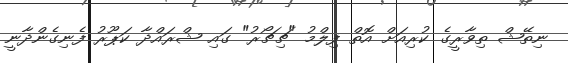
ނިތޭޝް ތިވާރީގެ ކުރިއަށް އޮތް ފިލްމު "ޗިޗޯރު" ގައި ޝްރައްދާ ކަޕޫރު ފެނިގެންދާނީ